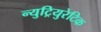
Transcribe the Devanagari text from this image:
न्युट्रियुरेटिक